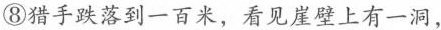
⑧猎手跌落到一百米、看见崖壁上有一洞，